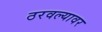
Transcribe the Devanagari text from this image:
ठरवल्यावर